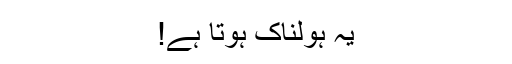
یہ ہولناک ہوتا ہے!